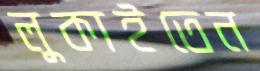
লুকাইতেন